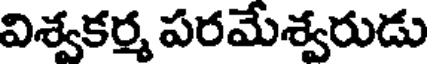
విశ్వకర్మ పరమేశ్వరుడు